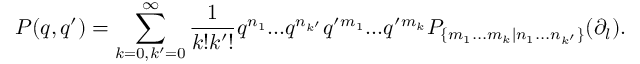
P ( q , q ^ { \prime } ) = \sum _ { k = 0 , k ^ { \prime } = 0 } ^ { \infty } \frac { 1 } { k ! k ^ { \prime } ! } q ^ { n _ { 1 } } . . . q ^ { n _ { k ^ { \prime } } } q ^ { \prime } { } ^ { m _ { 1 } } . . . q ^ { \prime } { } ^ { m _ { k } } P _ { \{ m _ { 1 } . . . m _ { k } | n _ { 1 } . . . n _ { k ^ { \prime } } \} } ( \partial _ { l } ) .